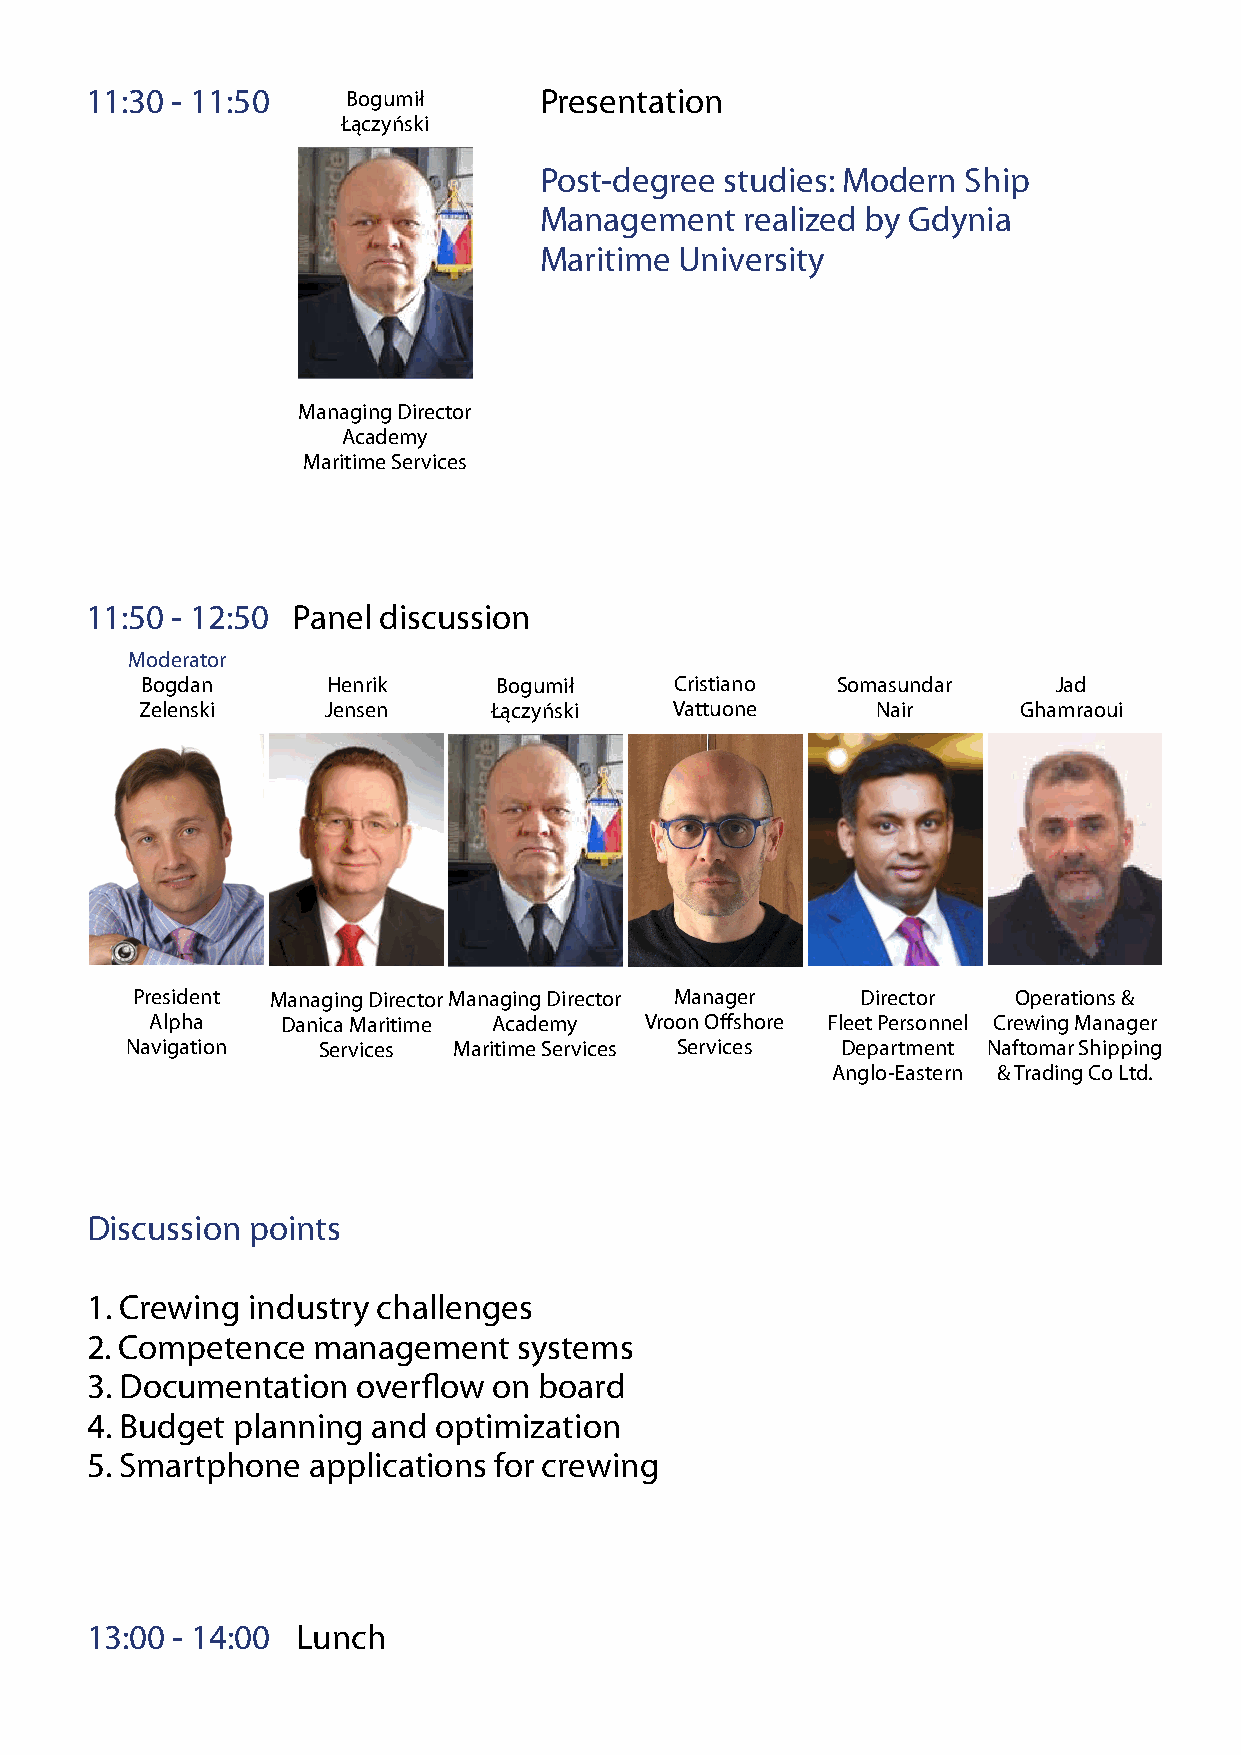
11:30 - 11:50    Bogumił      Presentation
 Łączyński
 Post-degree studies: Modern Ship
 Management   realized by Gdynia
 Maritime University
 Managing Director
 Academy
 Maritime Services
 11:50 - 12:50 Panel discussion
 Moderator
 Bogdan       Henrik     Bogumił     Cristiano Somasundar     Jad
 Zelenski     Jensen    Łączyński    Vattuone     Nair     Ghamraoui
 President Managing DirectorManaging Director Manager Director Operations &
 Alpha    Danica Maritime Academy Vroon Offshore Fleet Personnel Crewing Manager
 Navigation   Services Maritime Services Services Department Naftomar Shipping
 Anglo-Eastern & Trading Co Ltd.
 Discussion points
 1. Crewing industry challenges
 2. Competence  management   systems
 3. Documentation  overflow on board
 4. Budget planning and optimization
 5. Smartphone applications for crewing
 13:00 - 14:00 Lunch